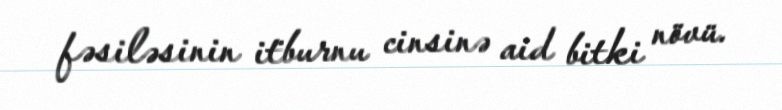
fəsiləsinin i̇tburnu cinsinə aid bitki növü.